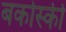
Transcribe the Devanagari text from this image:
बकोस्की